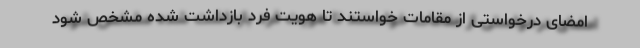
امضای درخواستی از مقامات خواستند تا هویت فرد بازداشت شده مشخص شود